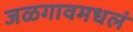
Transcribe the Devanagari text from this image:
जळगावमधलं